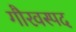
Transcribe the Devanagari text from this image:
गौरवस्पद